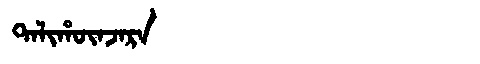
Manchu: ᡨᠠᠯᡳᡥᡡᠨᠵᠠᡵᠠ
Romanization: TALIHŪNJARA